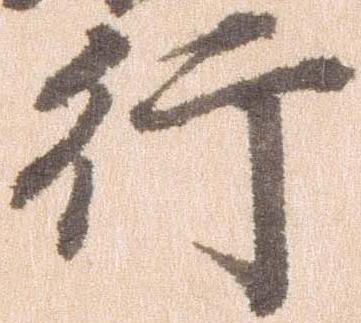
行